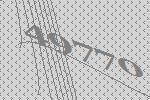
49770